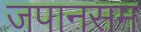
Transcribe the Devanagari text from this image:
जपानसम